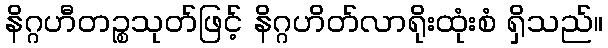
နိဂ္ဂဟီတဉ္စသုတ်ဖြင့် နိဂ္ဂဟိတ်လာရိုးထုံးစံ ရှိသည်။